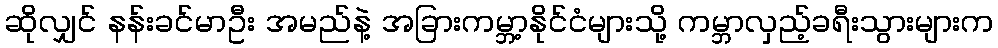
ဆိုလျှင် နန်းခင်မာဦး အမည်နဲ့ အခြားကမ္ဘာ့နိုင်ငံများသို့ ကမ္ဘာလှည့်ခရီးသွားများက